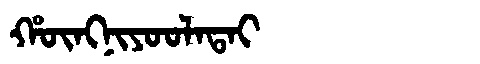
Manchu: ᡥᡡᠩᠨᡳᠶᠣᠣᠯᠠᡨᠠᡳ
Romanization: HŪNGNIYOOLATAI